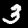
Label: 3